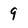
Character: 9